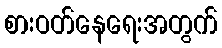
စားဝတ်နေရေးအတွက်